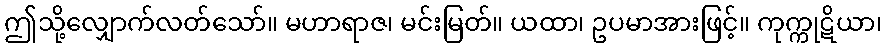
ဤသို့လျှောက်လတ်သော်။ မဟာရာဇ၊ မင်းမြတ်။ ယထာ၊ ဥပမာအားဖြင့်။ ကုက္ကုဋိယာ၊